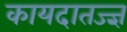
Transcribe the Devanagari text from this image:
कायदातज्ज्ञ